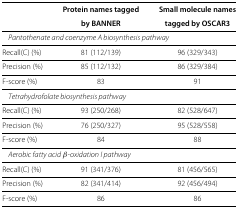
|  | Protein names tagged | Small molecule names |
 |  | by BANNER | tagged by OSCAR3 |
 | --- | --- | --- |
 | <COLSPAN=3> Pantothenate and coenzyme A biosynthesis pathway |
 | Recall(C) (%) | 81 (112/139) | 96 (329/343) |
 | Precision (%) | 85 (112/132) | 86 (329/384) |
 | F-score (%) | 83 | 91 |
 | <COLSPAN=3> Tetrahydrofolate biosynthesis pathway |
 | Recall(C) (%) | 93 (250/268) | 82 (528/647) |
 | Precision (%) | 76 (250/327) | 95 (528/558) |
 | F-score (%) | 84 | 88 |
 | <COLSPAN=3> Aerobic fatty acid β-oxidation I pathway |
 | Recall(C) (%) | 91 (341/376) | 81 (456/565) |
 | Precision (%) | 82 (341/414) | 92 (456/494) |
 | F-score (%) | 86 | 86 |